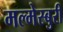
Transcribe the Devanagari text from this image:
मल्मेस्बुरी